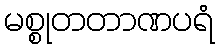
မစ္စုတတာဏပရံ